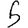
Digit: 5